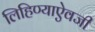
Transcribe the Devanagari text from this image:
लिहिण्याऐवजी